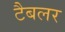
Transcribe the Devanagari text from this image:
टैबलर